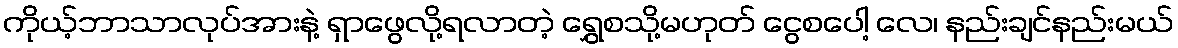
ကိုယ့်ဘာသာလုပ်အားနဲ့ ရှာဖွေလို့ရလာတဲ့ ရွှေစသို့မဟုတ် ငွေစပေါ့ လေ၊ နည်းချင်နည်းမယ်